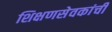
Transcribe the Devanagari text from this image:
शिक्षणसेवकांची